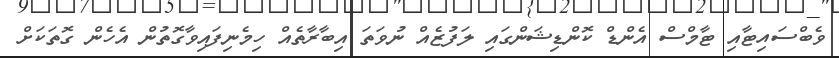
ވެބްސައިޓާއި ޓާމްސް އެންޑް ކޮންޑިޝަންގައި ލަފުޒެއް ނުވަތަ އިބާރާތެއް ހިމެނިފައިވާގޮތުން އެހެން ގޮތަކަށް